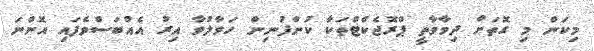
މިކަން މި ގޮތަށް ދިމާވާތީ ޕްރޮޖެކްޓްތަކާ ކުންފުނިން ހަވާލުވާ އިރު އެއްބަސްވެފައި އޮންނަ